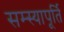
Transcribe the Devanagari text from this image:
सम्स्यापूर्ति